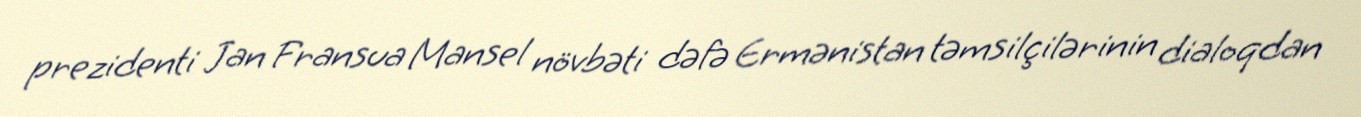
prezidenti Jan Fransua Mansel növbəti dəfə Ermənistan təmsilçilərinin dialoqdan